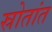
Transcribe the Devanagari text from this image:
स्रोतांत